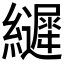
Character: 𮉙